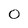
Character: 0